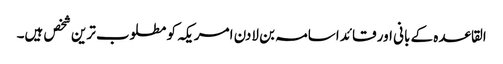
القاعدہ کے بانی اور قائد اسامہ بن لادن امریکہ کو مطلوب ترین شخص ہیں۔